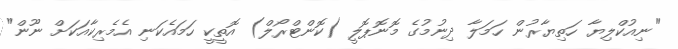
"ނިއުކްލިޔާ ހަތިޔާރުން ހަމަލާ ދިނުމުގެ މޮނޮޕޮލީ (ކޮންޓްރޯލް) އޮތީކީ ހަމައެކަނި އެމެރިކާއަކަށް ނޫން"